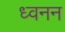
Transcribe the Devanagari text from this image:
ध्वनन